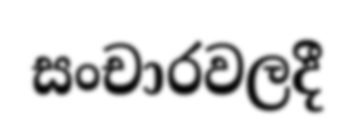
සංචාරවලදී